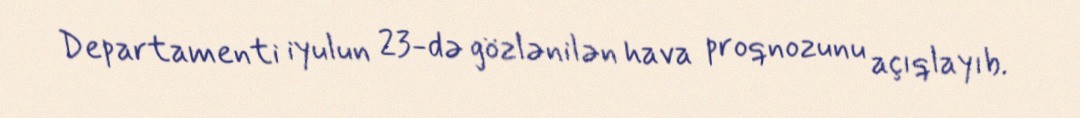
Departamenti iyulun 23-də gözlənilən hava proqnozunu açıqlayıb.